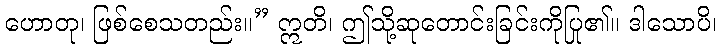
ဟောတု၊ ဖြစ်စေသတည်း။” ဣတိ၊ ဤသို့ဆုတောင်းခြင်းကိုပြု၏။ ဒါသောပိ၊